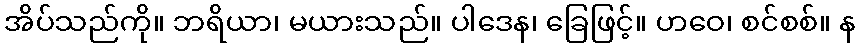
အိပ်သည်ကို။ ဘရိယာ၊ မယားသည်။ ပါဒေန၊ ခြေဖြင့်။ ဟဝေ၊ စင်စစ်။ န